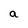
Character: a